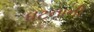
ધટનાની